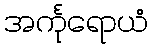
အင်္ကုရောယံ